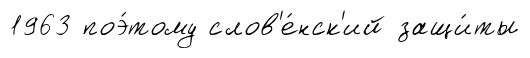
1963 поэ́тому слов'е́нск'ий защи́ты